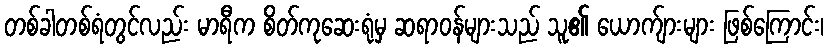
တစ်ခါတစ်ရံတွင်လည်း မာရီက စိတ်ကုဆေးရုံမှ ဆရာဝန်များသည် သူ၏ ယောက်ျားများ ဖြစ်ကြောင်း၊